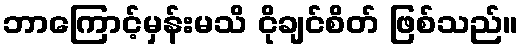
ဘာကြောင့်မှန်းမသိ ငိုချင်စိတ် ဖြစ်သည်။